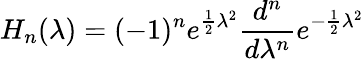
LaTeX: H_{n}(\lambda)=(-1)^{n}e^{\frac{1}{2}\lambda^{2}}\frac{d^{n}}{d\lambda^{n}}e^{-\frac{1}{2}\lambda^{2}}